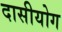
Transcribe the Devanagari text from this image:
दासीयोग